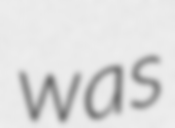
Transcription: was